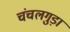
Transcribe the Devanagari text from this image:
चंचलगुड़ा